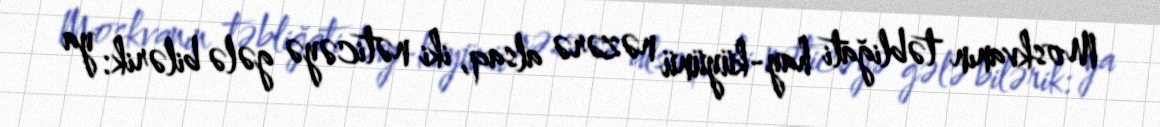
Moskvanın təbliğati hay-küyünü nəzərə alsaq, iki nəticəyə gələ bilərik: ya